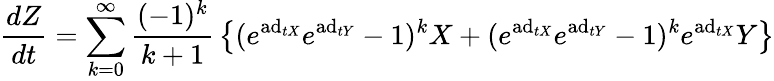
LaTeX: {\frac{dZ}{dt}}=\sum_{k=0}^{\infty}{\frac{(-1)^{k}}{k+1}}\left\{ (e^{\mathrm{ad}_{tX}}e^{\mathrm{ad}_{tY}}-1)^{k}X+(e^{\mathrm{ad}_{tX}}e^{\mathrm{ad}_{tY}}-1)^{k}e^{\mathrm{ad}_{tX}}Y\right\}